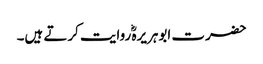
حضرت ابوہریرہؓ روایت کرتے ہیں۔